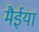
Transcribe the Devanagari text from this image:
मैईया